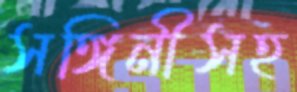
সঙ্গিনীসহ